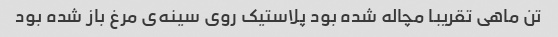
تن ماهی تقریبا مچاله شده بود پلاستیک روی سینه‌ی مرغ باز شده بود